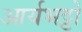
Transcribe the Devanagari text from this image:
आर्यभट्टो